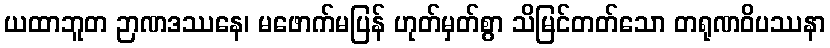
ယထာဘူတ ဉာဏဒဿနေ၊ မဖောက်မပြန် ဟုတ်မှတ်စွာ သိမြင်တတ်သော တရုဏဝိပဿနာ